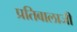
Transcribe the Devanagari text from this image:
प्रतिबालाजी